King Institute of Preventive Medicine Micro-Biological Section reports 1912-19
Year: 1912
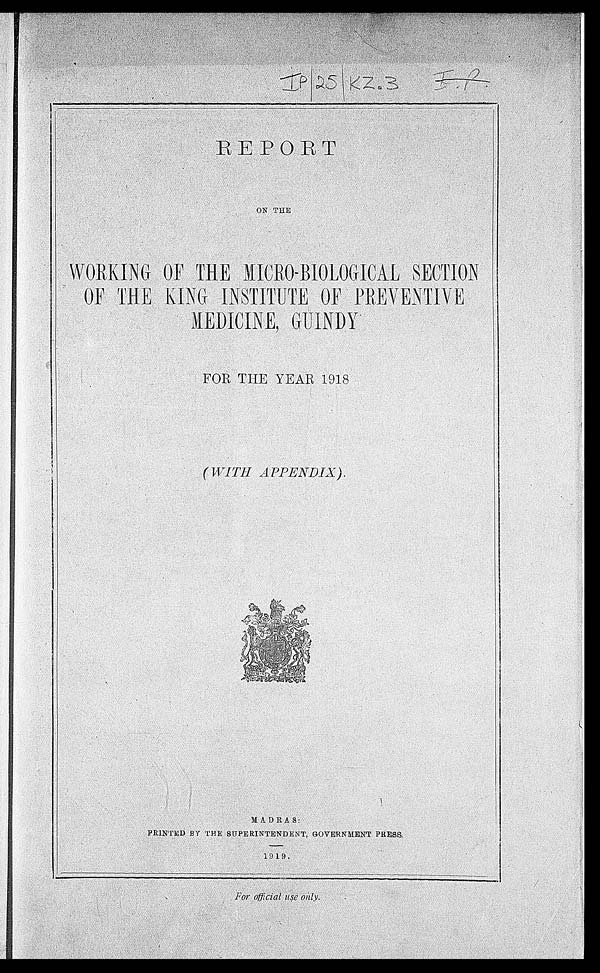
ON THE
WORKING OF THE MICRO-BIOLOGICAL SECTION
OF THE KING INSTITUTE OF PREVENTIVE MEDICINE,
GUINDY
FOR THE YEAR 1918
( WITH APPENDIX).
MADRAS: P R I N T E D B Y T H E S U P E R I N T E N D E N T , G O V E R N ME N T P R E S S .
1919.
For official use only.